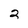
Character: 2